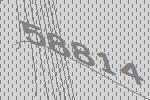
58814